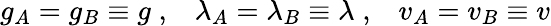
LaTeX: g_{A}=g_{B}\equiv g\; ,\; \; \; \lambda_{A}=\lambda_{B}\equiv\lambda\; ,\; \; \; v_{A}=v_{B}\equiv v